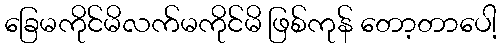
ခြေမကိုင်မိလက်မကိုင်မိ ဖြစ်ကုန် တော့တာပေါ့